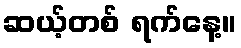
ဆယ့်တစ် ရက်နေ့။